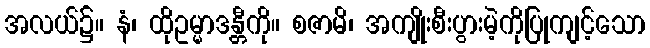
အလယ်၌။ နံ၊ ထိုဥမ္မာဒန္တီကို။ စဇာမိ၊ အကျိုးစီးပွားမဲ့ကိုပြုကျင့်သော